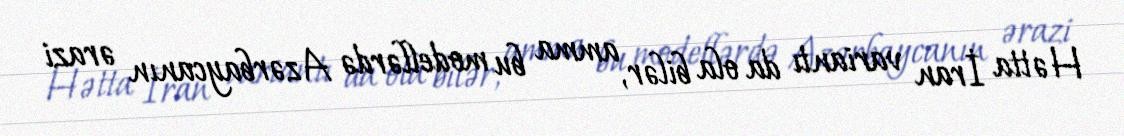
Hətta İran variantı da ola bilər, amma bu modellərdə Azərbaycanın ərazi